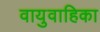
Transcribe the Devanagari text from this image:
वायुवाहिका